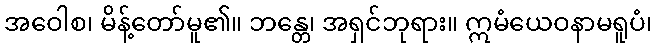
အဝေါစ၊ မိန့်တော်မူ၏။ ဘန္တေ၊ အရှင်ဘုရား။ ဣမံယေဝနာမရူပံ၊